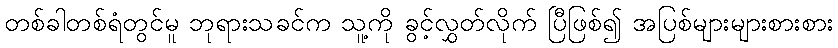
တစ်ခါတစ်ရံတွင်မူ ဘုရားသခင်က သူ့ကို ခွင့်လွှတ်လိုက် ပြီဖြစ်၍ အပြစ်များများစားစား